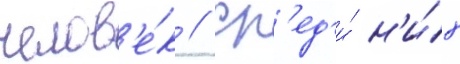
челов'е́к // Ср'ед'и́ н'и́х